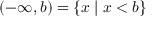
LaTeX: ( - \infty , b ) = \{ x \mid x < b \}